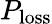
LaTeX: P_{\mathrm{loss}}